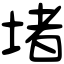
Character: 堵